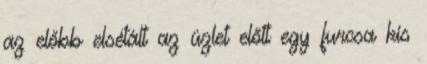
az előbb elsétált az üzlet előtt egy furcsa kis